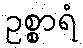
ဥစ္စာရံ